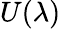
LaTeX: U(\lambda)